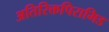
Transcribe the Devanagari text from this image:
अतिरिक्तपिरामिड